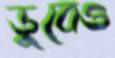
ডুবেও